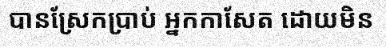
បានស្រែកប្រាប់ អ្នកកាសែត ដោយមិន